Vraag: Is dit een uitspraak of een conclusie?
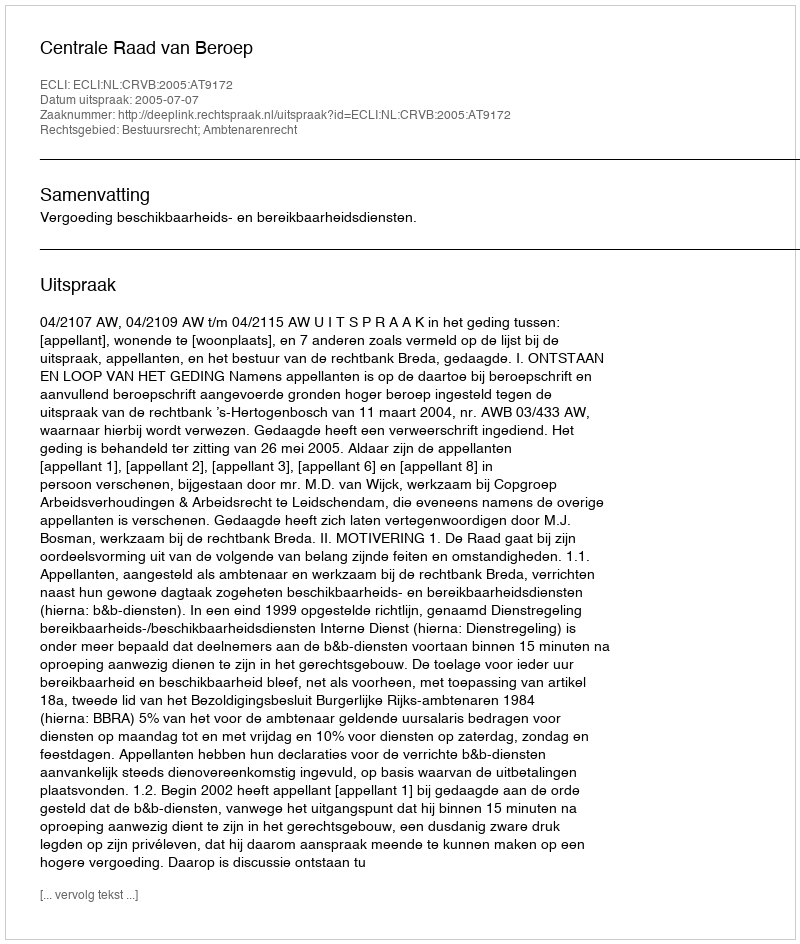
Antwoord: Uitspraak